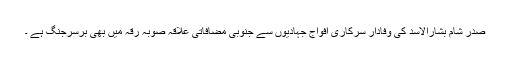
صدر شام بشارالاسد کی وفادار سرکاری افواج جہادیوں سے جنوبی مضافاتی علاقہ صوبہ رقہ میں بھی برسرجنگ ہے ۔